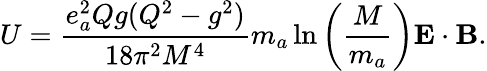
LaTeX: U=\frac{e_{a}^{2}Qg(Q^{2}-g^{2})}{18\pi^{2}M^{4}}m_{a}\ln\left(\frac{M}{m_{a}}\right){\mathbf E}\cdot{\mathbf B}.